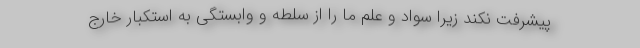
پیشرفت نکند زیرا سواد و علم ما را از سلطه و وابستگی به استکبار خارج